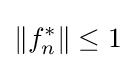
\Vert f_{n}^{*}\Vert \leq 1